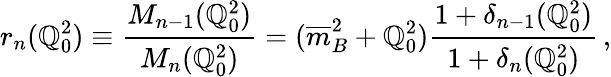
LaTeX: r_{n}(\mathbb{Q}_{0}^{2})\equiv{\frac{{M_{n-1}(\mathbb{Q}_{0}^{2})}}{{M_{n}(\mathbb{Q}_{0}^{2})}}}=({\overline{{{m}}}}_{B}^{2}+\mathbb{Q}_{0}^{2}){\frac{{1+\delta_{n-1}(\mathbb{Q}_{0}^{2})}}{{1+\delta_{n}(\mathbb{Q}_{0}^{2})}}}\, ,